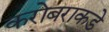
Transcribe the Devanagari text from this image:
करोबराकडे